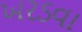
ખરડવા